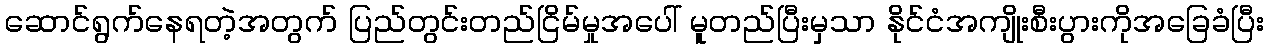
ဆောင်ရွက်နေရတဲ့အတွက် ပြည်တွင်းတည်ငြိမ်မှုအပေါ် မူတည်ပြီးမှသာ နိုင်ငံအကျိုးစီးပွားကိုအခြေခံပြီး